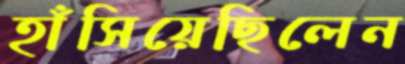
হাঁসিয়েছিলেন